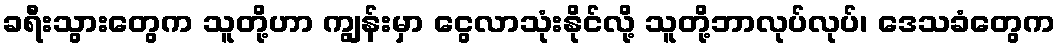
ခရီးသွားတွေက သူတို့ဟာ ကျွန်းမှာ ငွေလာသုံးနိုင်လို့ သူတို့ဘာလုပ်လုပ်၊ ဒေသခံတွေက